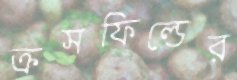
ক্রসফিল্ডের